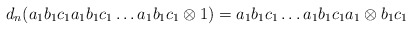
\begin{align*}d_n(a_1b_1c_1a_1b_1c_1 \dots a_1b_1c_1 \otimes 1) = a_1b_1c_1 \dots a_1b_1c_1a_1 \otimes b_1c_1\end{align*}